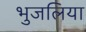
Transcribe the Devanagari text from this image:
भुजलिया